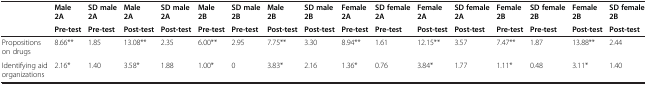
| <ROWSPAN=2>  | Male 2A | SD male 2A | Male 2A | SD male 2A | Male 2B | SD male 2B | Male 2B | SD male 2B | Female 2A | SD female 2A | Female 2A | SD female 2A | Female 2B | SD female 2B | Female 2B | SD female 2B |
 | Pre-test | Pre-test | Post-test | Post-test | Pre-test | Pre-test | Post-test | Post-test | Pre-test | Pre-test | Post-test | Post-test | Pre-test | Pre-test | Post-test | Post-test |
 | --- | --- | --- | --- | --- | --- | --- | --- | --- | --- | --- | --- | --- | --- | --- | --- | --- |
 | Propositions on drugs | 8.66** | 1.85 | 13.08** | 2.35 | 6.00** | 2.95 | 7.75** | 3.30 | 8.94** | 1.61 | 12.15** | 3.57 | 7.47** | 1.87 | 13.88** | 2.44 |
 | Identifying aid organizations | 2.16* | 1.40 | 3.58* | 1.88 | 1.00* | 0 | 3.83* | 2.16 | 1.36* | 0.76 | 3.84* | 1.77 | 1.11* | 0.48 | 3.11* | 1.40 |